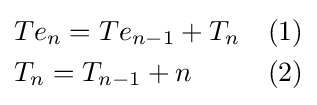
{\begin{aligned}&Te_{n}=Te_{n-1}+T_{n}&(1)\\&T_{n}=T_{n-1}+n&(2)\end{aligned}}